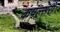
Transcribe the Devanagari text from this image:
कंपल्सरी